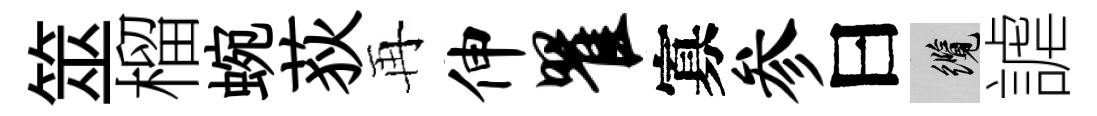
筮榴蜿荻再伸瞿寡参曰纜謔